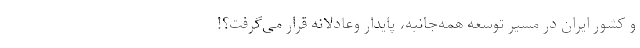
و کشور ایران در مسیر توسعه همه‌جانبه، پایدار وعادلانه قرار می‌گرفت؟!